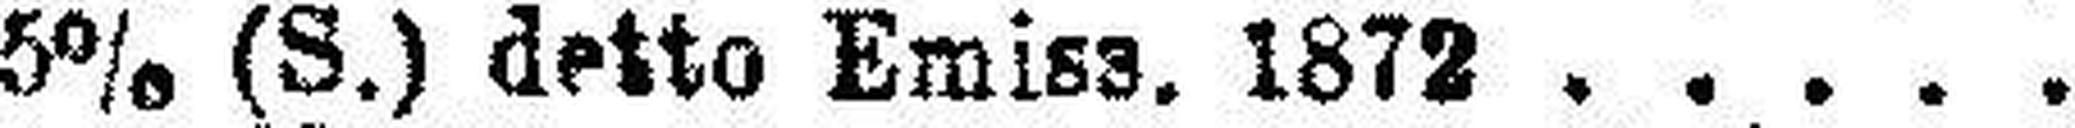
5% (S.) detto Emiss. 1872